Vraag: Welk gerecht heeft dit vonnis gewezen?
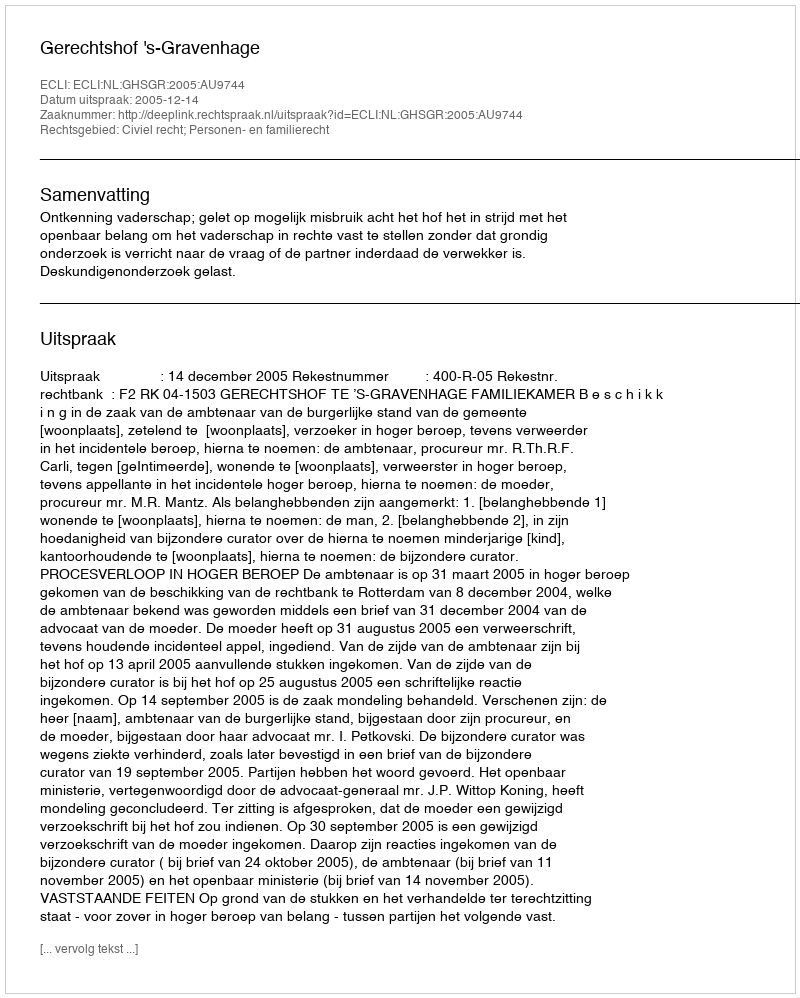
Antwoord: Gerechtshof 's-Gravenhage